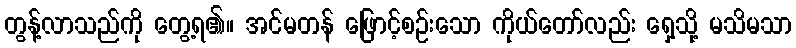
တွန့်လာသည်ကို တွေ့ရ၏။ အင်မတန် ဖြောင့်စဉ်းသော ကိုယ်တော်လည်း ရှေ့သို့ မသိမသာ